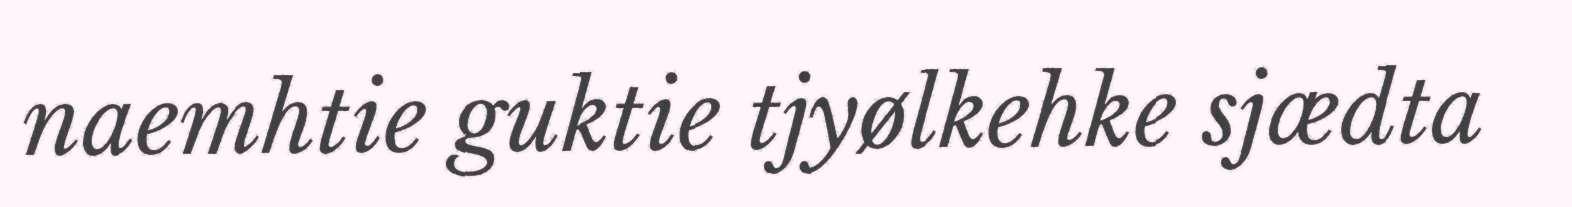
naemhtie guktie tjyølkehke sjædta